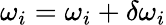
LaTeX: \omega_{i}=\omega_{i}+\delta\omega_{i}